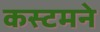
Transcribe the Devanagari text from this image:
कस्टमने